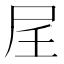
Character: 𪨋